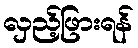
လှည့်ဖြားရန်